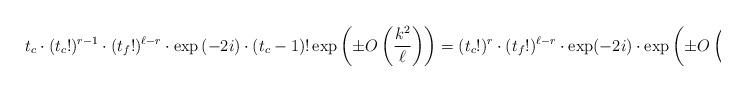
LaTeX: \begin{align*} t_c \cdot (t_c!)^{r-1}\cdot (t_f!)^{\ell - r} \cdot \exp\left(-2i\right)\cdot (t_c-1)!\exp\left(\pm O\left(\frac{k^{2}}{\ell}\right)\right) = (t_c!)^{r}\cdot(t_f!)^{\ell - r}\cdot \exp(-2i)\cdot\exp\left(\pm O \left(\frac{k^{2}}{\ell}\right)\right).\end{align*}